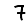
Digit: 7